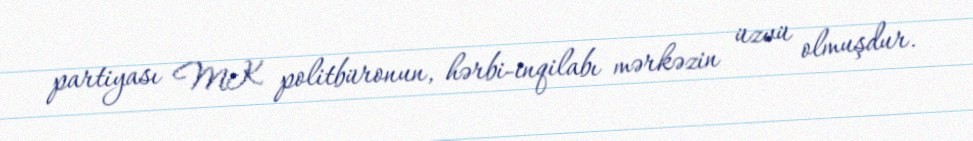
partiyası MK politbüronun, hərbi-inqilabı mərkəzin üzvü olmuşdur.